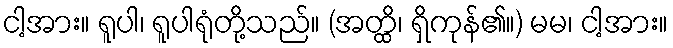
ငါ့အား။ ရူပါ၊ ရူပါရုံတို့သည်။ (အတ္ထိ၊ ရှိကုန်၏။) မမ၊ ငါ့အား။